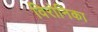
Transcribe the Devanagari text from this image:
विरोनिका